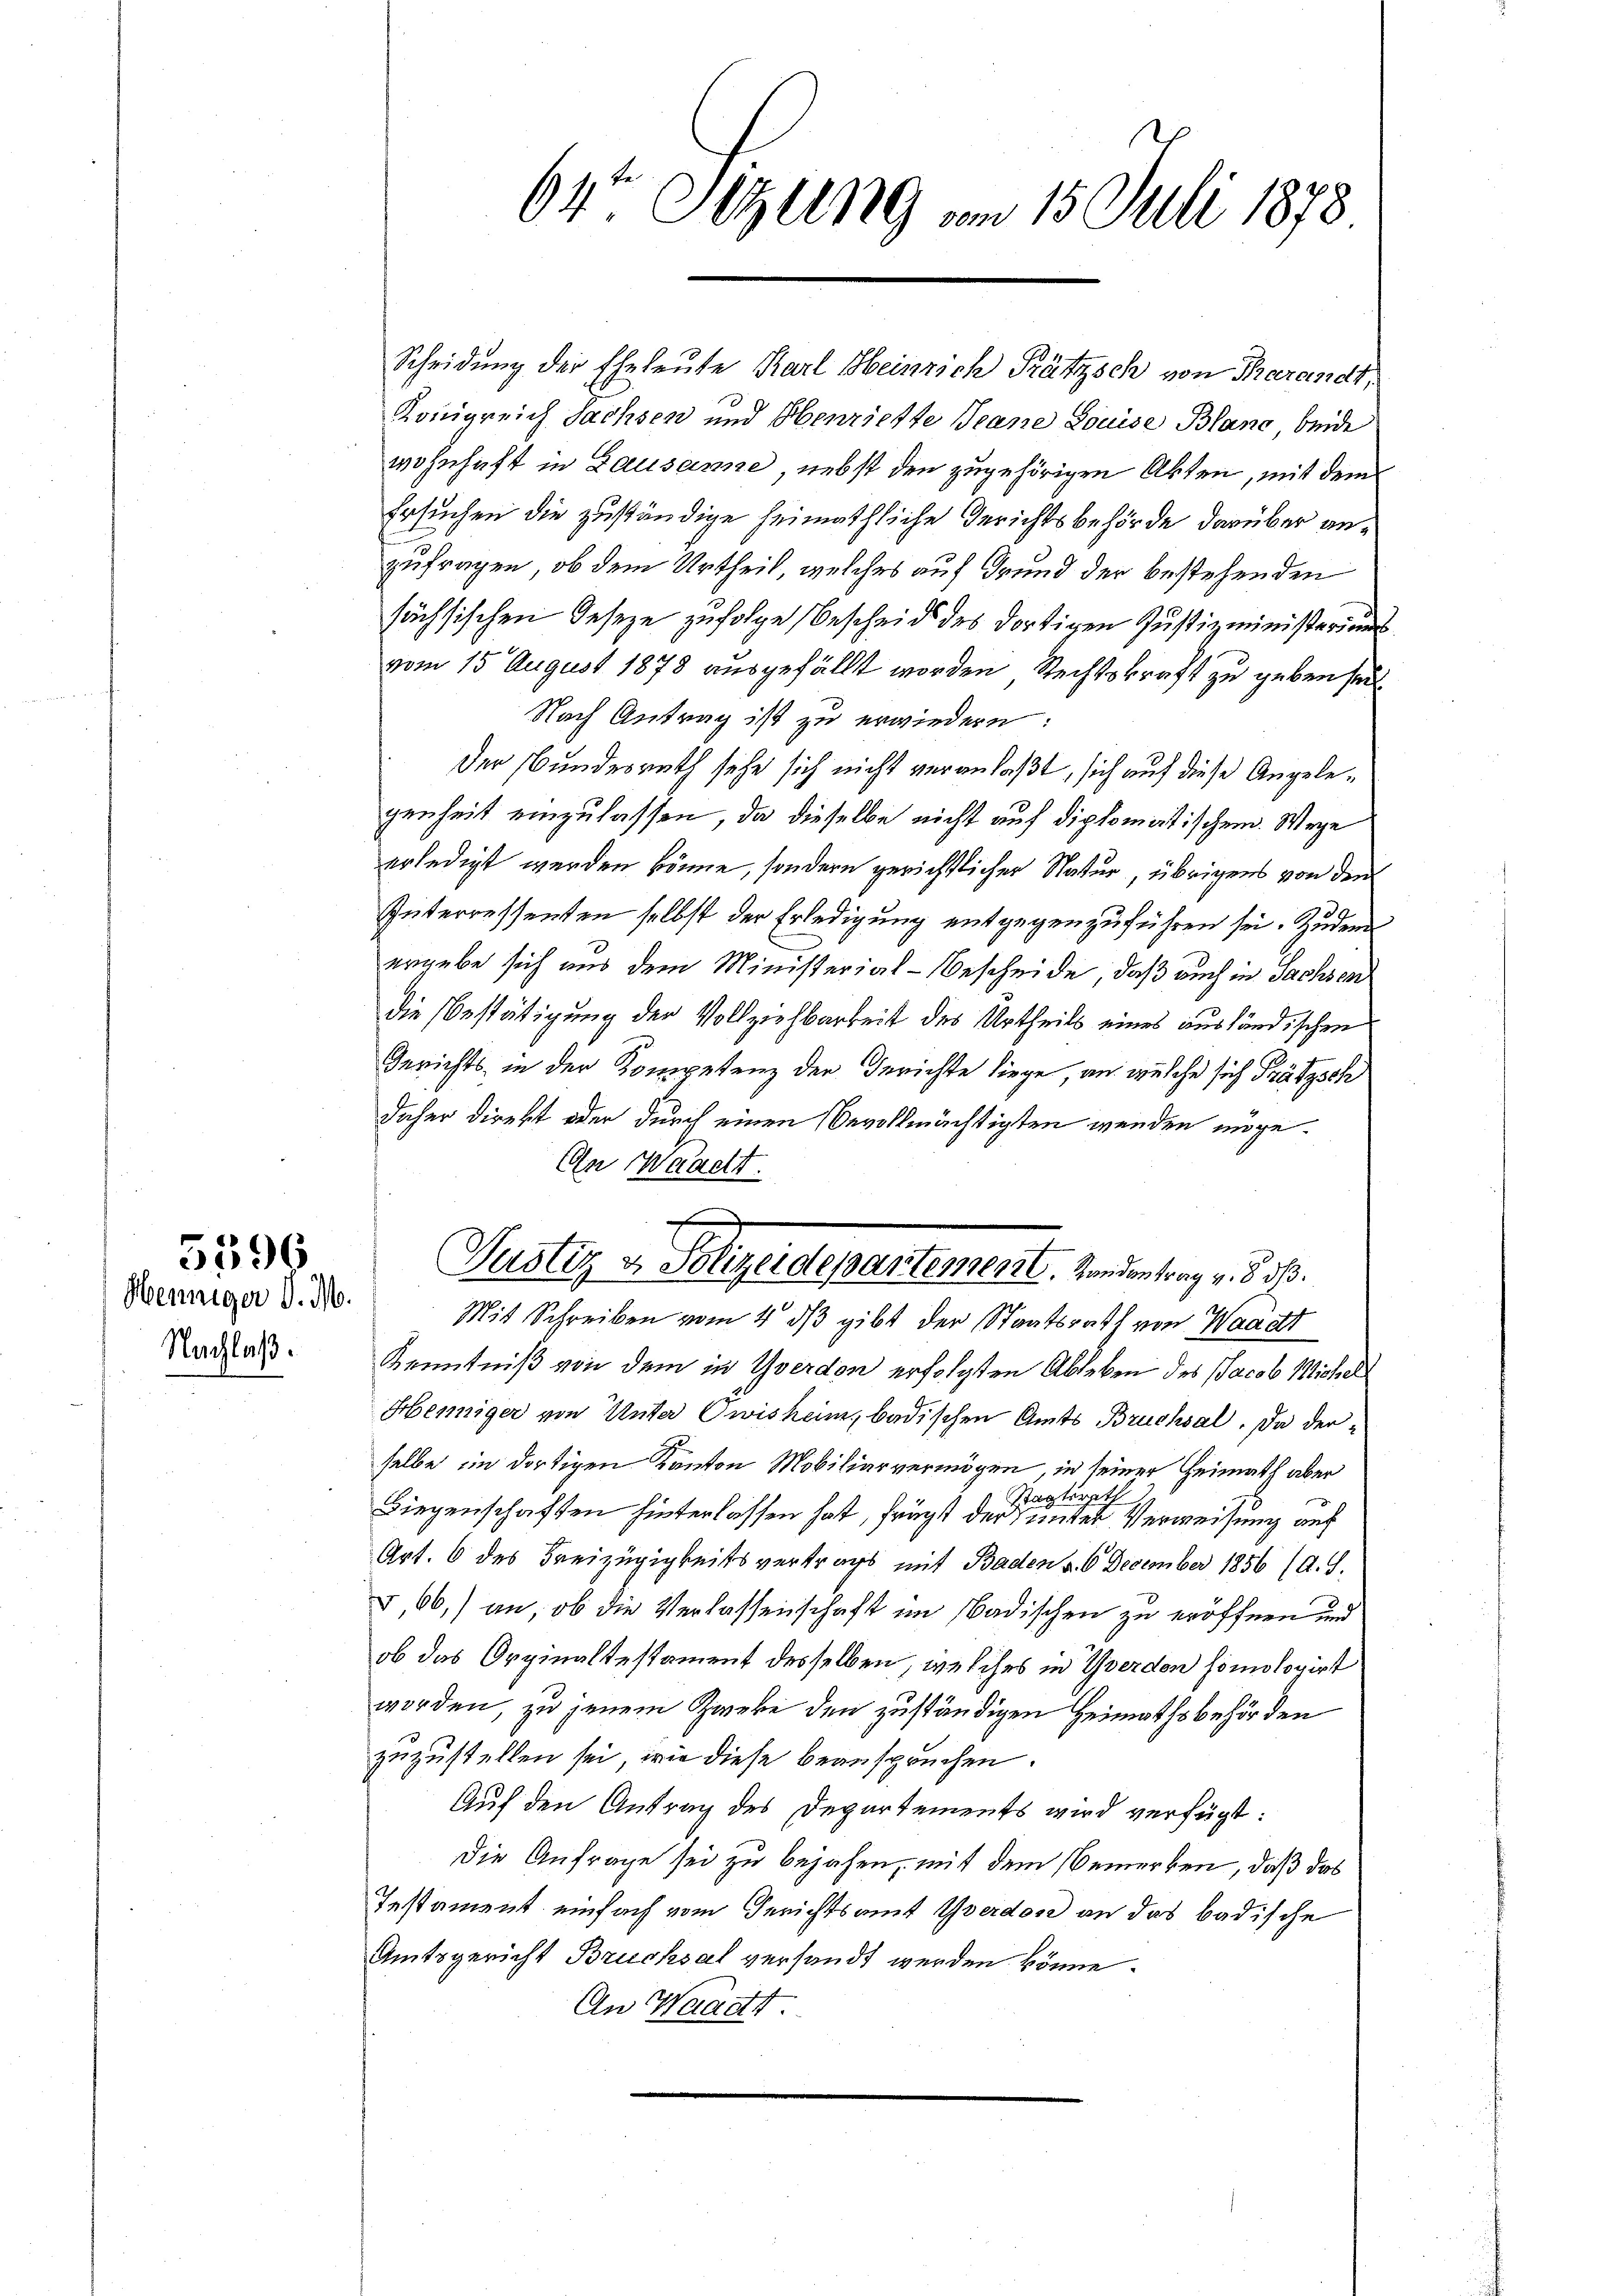
5596

Henniger d. M.
Nachlaß.

Scheidung der Eheleute Karl Heinrich Pätzsch von Parandt,
Königreich Sachsen und Obenriette Jeane Louise Blanc, beide
wohnhaft in Lausanne nebst den zugehörigen Akten, mit dem
Ersuchen die zuständige heimathliche Gerichtsbehörde darüber anzufragen, ob dem Urtheil, welches auf Grund der bestehenden
sächsischen Geseze zufolge Bescheid des dortigen Justizministeriums
vom 15 August 1878 ausgefällt worden Rechtskraft zu geben seit
Nach Antrag ist zu erwiedern:
der Bundesrath sehe sich nicht veranlaßt, sich auf diese Angelegenheit einzulassen, da dieselbe nicht auf diplomatischem Wege
erledigt werden könne, sondern gerichtlicher Natur, übrigens von den
Interressenten selbst der Erledigung entgegenzuführen sei. Zudem
ergebe sich aus dem Ministerial-Bescheide, daß auch in Sachsen
die Bestätigung der Vollziehbarkeit des Urtheils eines ausländischen
Gerichts in der Kompetenz der Gerichte liege, an welche sich Prätzsch
daher Direkt oder durch einen Bevollmächtigten werden möge.
An Waadt.

64te Sitzung vom 15. Juli 1878

Justiz v. Polizeidepartement. Wandenlang v. 8. 7.
Mit Schreiben vom 4. ds gibt der Staatsrath von Waadt

Kenntniß von dem in Yverdon erfolgten Ableben des Jacob Michel
Henniger von Unter Owisheim, badischen Amts Bruchsal. Da der-
selbe ein dortigen Kanton Mobiliarvermögen, in seiner Heimath aber
s
Stag
Liegenschaften hinterlassen hat, frägt der unter Verweisung auf
Art. 6 des Freizügigkeitsvertrags mit Baden v. 6. December 1856 (A. S.
5,66) an, ob die Verlassenschaft im Badischen zu eröffnen und
ob das Orginaltestament desselben, welches in Werden homologirt
worden, zu jenem Zweke den zuständigen Heimathsbehörden
zuzustellen sei, wie diese beanspruchen.
Auf den Antrag des Departements wird verfügt:
Die Anfrage sei zu bejahen, mit dem Bemerken, daß das
Testament einfach vom Gerichtsamt Yverdose an das badische
Amtsgericht Brucksal versandt werden könne.
An Waadt